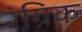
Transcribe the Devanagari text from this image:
रंग्रिक